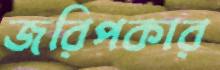
জরিপকার